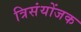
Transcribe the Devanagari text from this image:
त्रिसंयोंजक